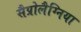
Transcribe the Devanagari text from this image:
सैप्रोलैग्निया